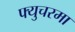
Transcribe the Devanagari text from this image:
फ्युचरमा